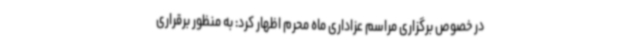
در خصوص برگزاری مراسم عزاداری ماه محرم اظهار کرد: به منظور برقراری